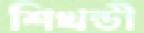
শিখন্ডী